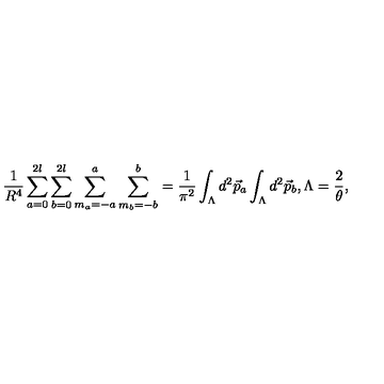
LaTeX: \frac { 1 } { R ^ { 4 } } \sum _ { a = 0 } ^ { 2 l } \sum _ { b = 0 } ^ { 2 l } \sum _ { m _ { a } = - a } ^ { a } \sum _ { m _ { b } = - b } ^ { b } = \frac { 1 } { { \pi } ^ { 2 } } \int _ { \Lambda } d ^ { 2 } \vec { p } _ { a } \int _ { \Lambda } d ^ { 2 } \vec { p } _ { b } , { \Lambda } = \frac { 2 } { \theta } ,